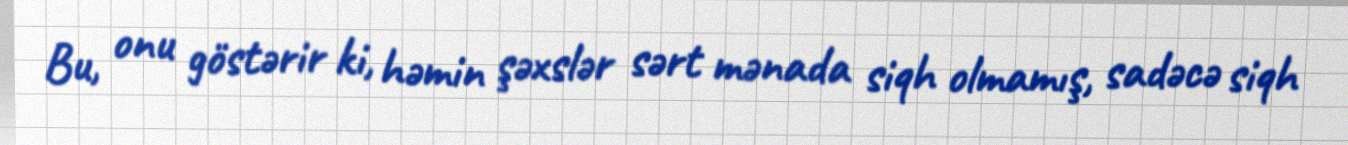
Bu, onu göstərir ki, həmin şəxslər sərt mənada siqh olmamış, sadəcə siqh